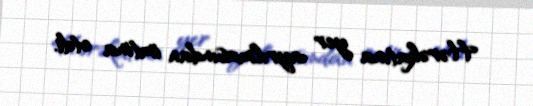
Hərəkatına yer ayrılmasından imtina etdi.